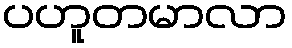
ပဟူတမာလာ